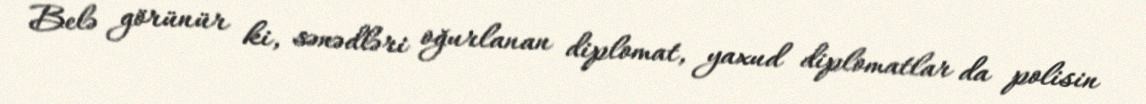
Belə görünür ki, sənədləri oğurlanan diplomat, yaxud diplomatlar da polisin